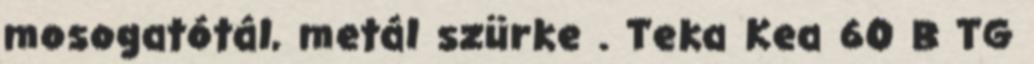
mosogatótál, metál szürke . Teka Kea 60 B TG